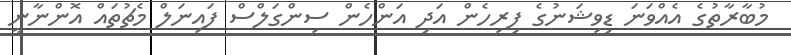
މުބާރާތުގެ އެއްވަނަ ޑިވިޝަނުގެ ފިރިހެން އަދި އަންހެން ސިންގަލްސް ފައިނަލް މެޗުތައް އޮންނާނީ